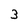
Character: 3